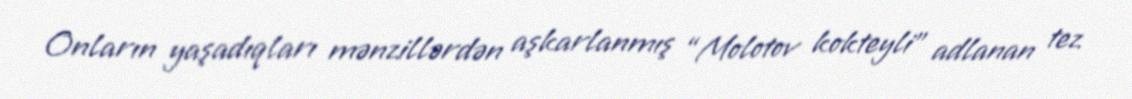
Onların yaşadıqları mənzillərdən aşkarlanmış “Molotov kokteyli” adlanan tez